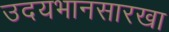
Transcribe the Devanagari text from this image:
उदयभानसारखा